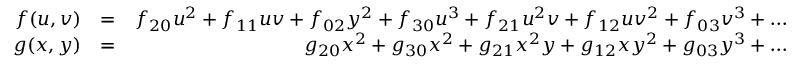
\begin{array} { r l r } { f ( u , v ) } & { = } & { f _ { 2 0 } u ^ { 2 } + f _ { 1 1 } u v + f _ { 0 2 } y ^ { 2 } + f _ { 3 0 } u ^ { 3 } + f _ { 2 1 } u ^ { 2 } v + f _ { 1 2 } u v ^ { 2 } + f _ { 0 3 } v ^ { 3 } + \ldots } \\ { g ( x , y ) } & { = } & { g _ { 2 0 } x ^ { 2 } + g _ { 3 0 } x ^ { 2 } + g _ { 2 1 } x ^ { 2 } y + g _ { 1 2 } x y ^ { 2 } + g _ { 0 3 } y ^ { 3 } + \ldots } \end{array}